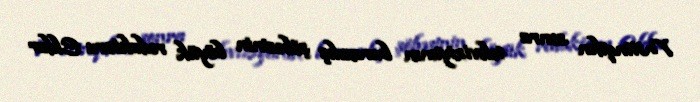
Mitinqdən sonra televiziyanın buraxılış şöbəsinin böyük redaktoru Eldar